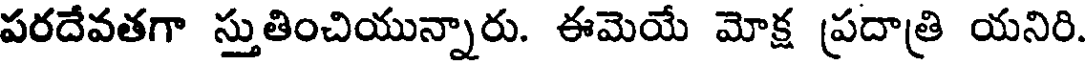
పరదేవతగా స్తుతించియున్నారు. ఈమెయే మోక్ష ప్రదాత్రి యనిరి.